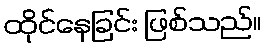
ထိုင်နေခြင်း ဖြစ်သည်။